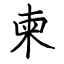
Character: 柬